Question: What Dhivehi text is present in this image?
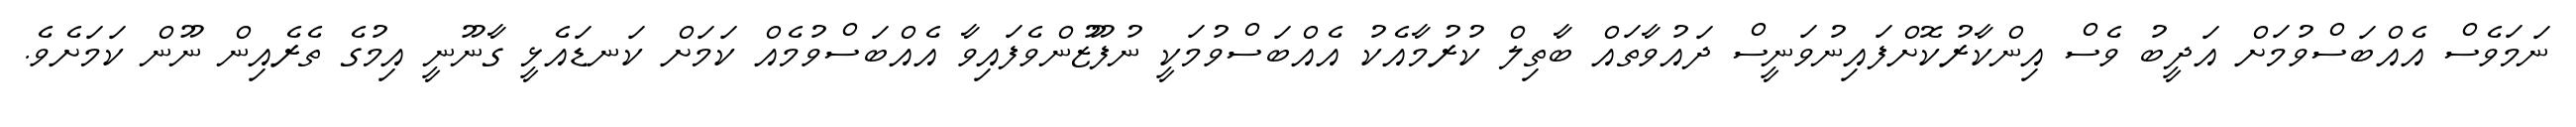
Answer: ނަމަވެސް އެއްބަސްވުމަށް އަދީބު ވެސް އިންކާރުކޮށްފައިނުވަނީސް ދައުވާތައް ބާތިލް ކުރުމާއެކު އެއްބަސްވުމަކީ ނުފޫޒުންވެފައިވާ އެއްބަސްވުމެއް ކަމަށް ކަނޑައެޅީ ގާނޫނީ އިމުގެ ތެރެއިން ނޫން ކަމަށެވެ.